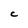
Character: C